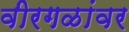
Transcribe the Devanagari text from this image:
वीरगळांवर